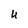
Character: U